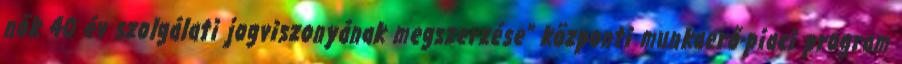
nők 40 év szolgálati jogviszonyának megszerzése” központi munkaerő-piaci program